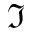
\Im